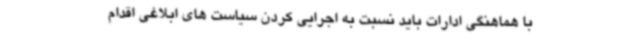
با هماهنگی ادارات باید نسبت به اجرایی کردن سیاست های ابلاغی اقدام